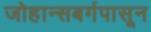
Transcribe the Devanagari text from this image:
जोहान्सबर्गपासून